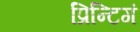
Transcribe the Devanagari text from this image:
प्रिन्टिगं